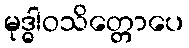
မုဒ္ဓါဝသိတ္တောပေ